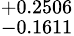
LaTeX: ^{+0.2506}_{-0.1611}